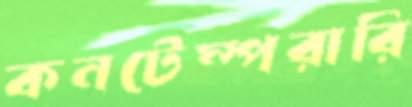
কনটেম্পরারি